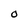
Character: O